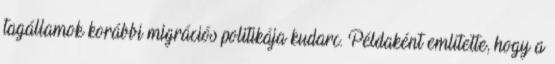
tagállamok korábbi migrációs politikája kudarc. Példaként említette, hogy a